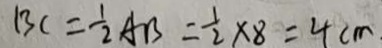
B C = \frac { 1 } { 2 } A B = \frac { 1 } { 2 } \times 8 = 4 c m